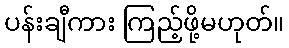
ပန်းချီကား ကြည့်ဖို့မဟုတ်။